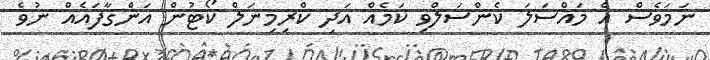
ނަމަވެސް އެ މައްސަލަ ކެންސަލްވި ކަމެއް އަދި ކްރިމިނަލް ކޯޓުން އަންގާފައެއް ނުވެ